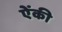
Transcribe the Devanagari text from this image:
ऐंकी